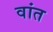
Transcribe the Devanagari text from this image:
वांत